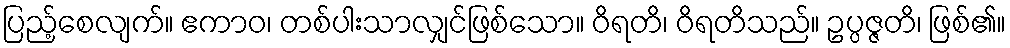
ပြည့်စေလျက်။ ဧကာဝ၊ တစ်ပါးသာလျှင်ဖြစ်သော။ ဝိရတိ၊ ဝိရတိသည်။ ဥပ္ပဇ္ဇတိ၊ ဖြစ်၏။